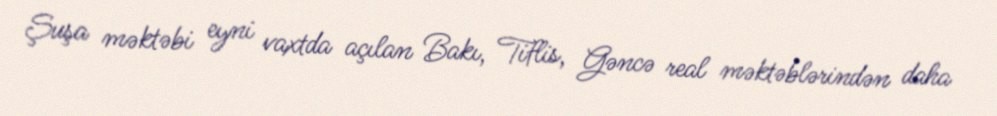
Şuşa məktəbi eyni vaxtda açılan Bakı, Tiflis, Gəncə real məktəblərindən daha